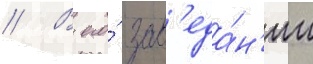
// В его́ зас'еда́н'ии